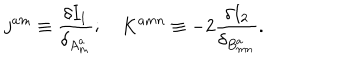
LaTeX: j ^ { a m } \equiv \frac { \delta I _ { 1 } } { \delta _ { A _ { m } ^ { a } } } ; \quad K ^ { a m n } \equiv - 2 \frac { \delta I _ { 2 } } { \delta _ { B _ { m n } ^ { a } } } .